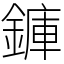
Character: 龲